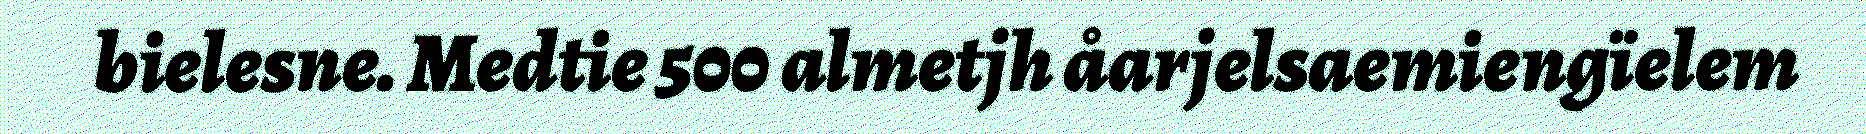
bielesne. Medtie 500 almetjh åarjelsaemiengïelem